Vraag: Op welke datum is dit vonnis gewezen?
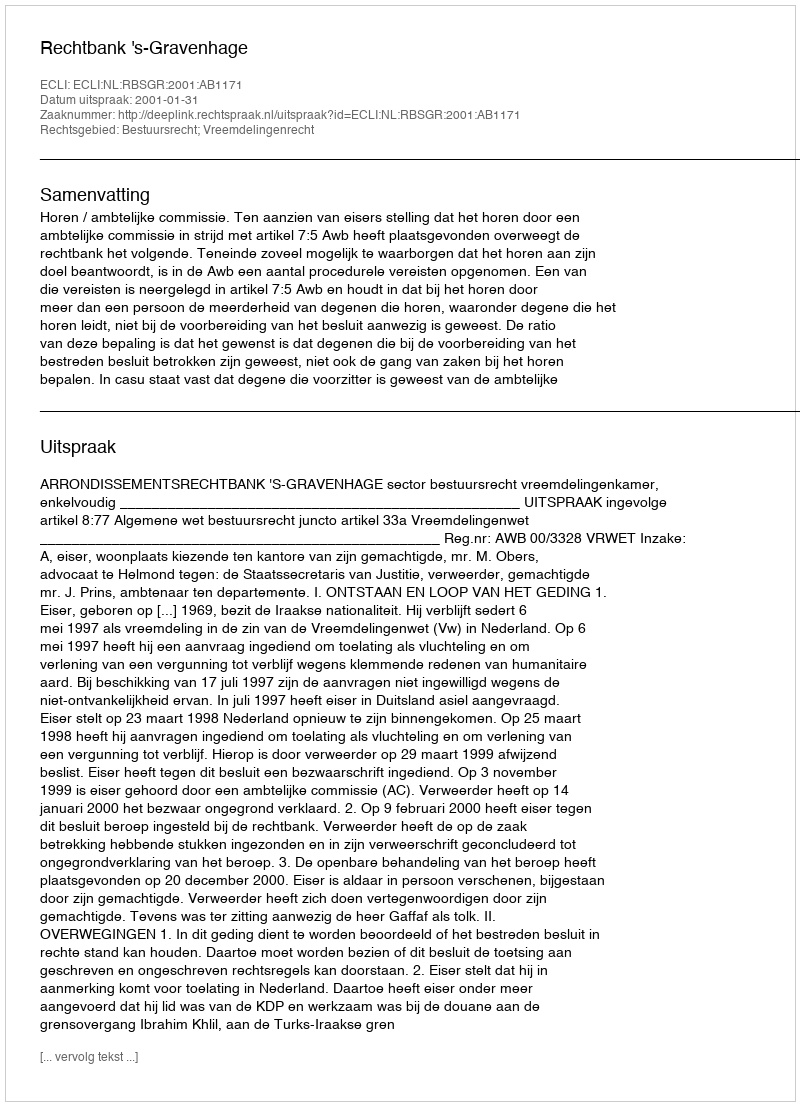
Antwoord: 2001-01-31